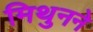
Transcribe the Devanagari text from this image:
मिथुनने